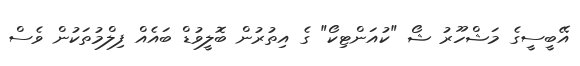
އޭބީސީގެ މަޝްހޫރު ޝޯ "ކުއަންޓިކޯ" ގެ އިތުރުން ބޮލީވުޑް ބައެއް ފިލްމުތަކުން ވެސް